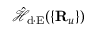
\mathcal { \hat { H } } _ { \mathrm { d \cdot E } } ( \{ { \bf R } _ { u } \} )